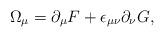
LaTeX: \begin{align*}\Omega_{\mu}=\partial_{\mu}F+\epsilon_{\mu\nu}\partial_{\nu}G,\end{align*}